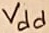
Text: Vdd